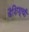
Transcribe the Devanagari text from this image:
वैशिश्थी